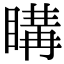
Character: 𥉇